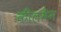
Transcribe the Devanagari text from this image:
कीलमैन